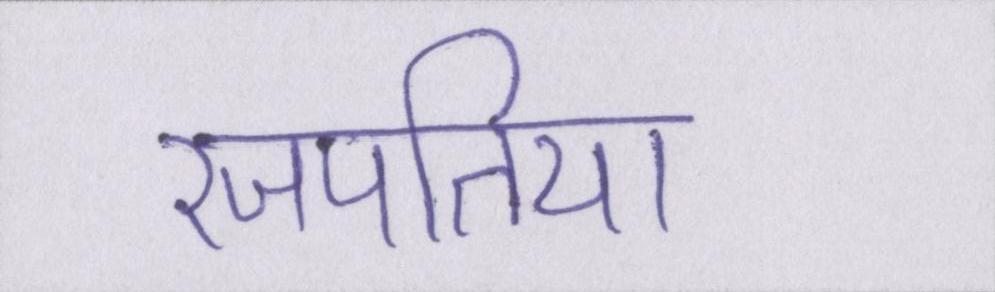
रजपतिया